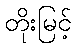
တိုးမြင့်